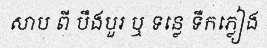
សាប ពី បឹងបួរ ឬ ទន្លេ ទឹកភ្លៀង